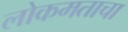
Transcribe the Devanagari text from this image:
लोकमताचा